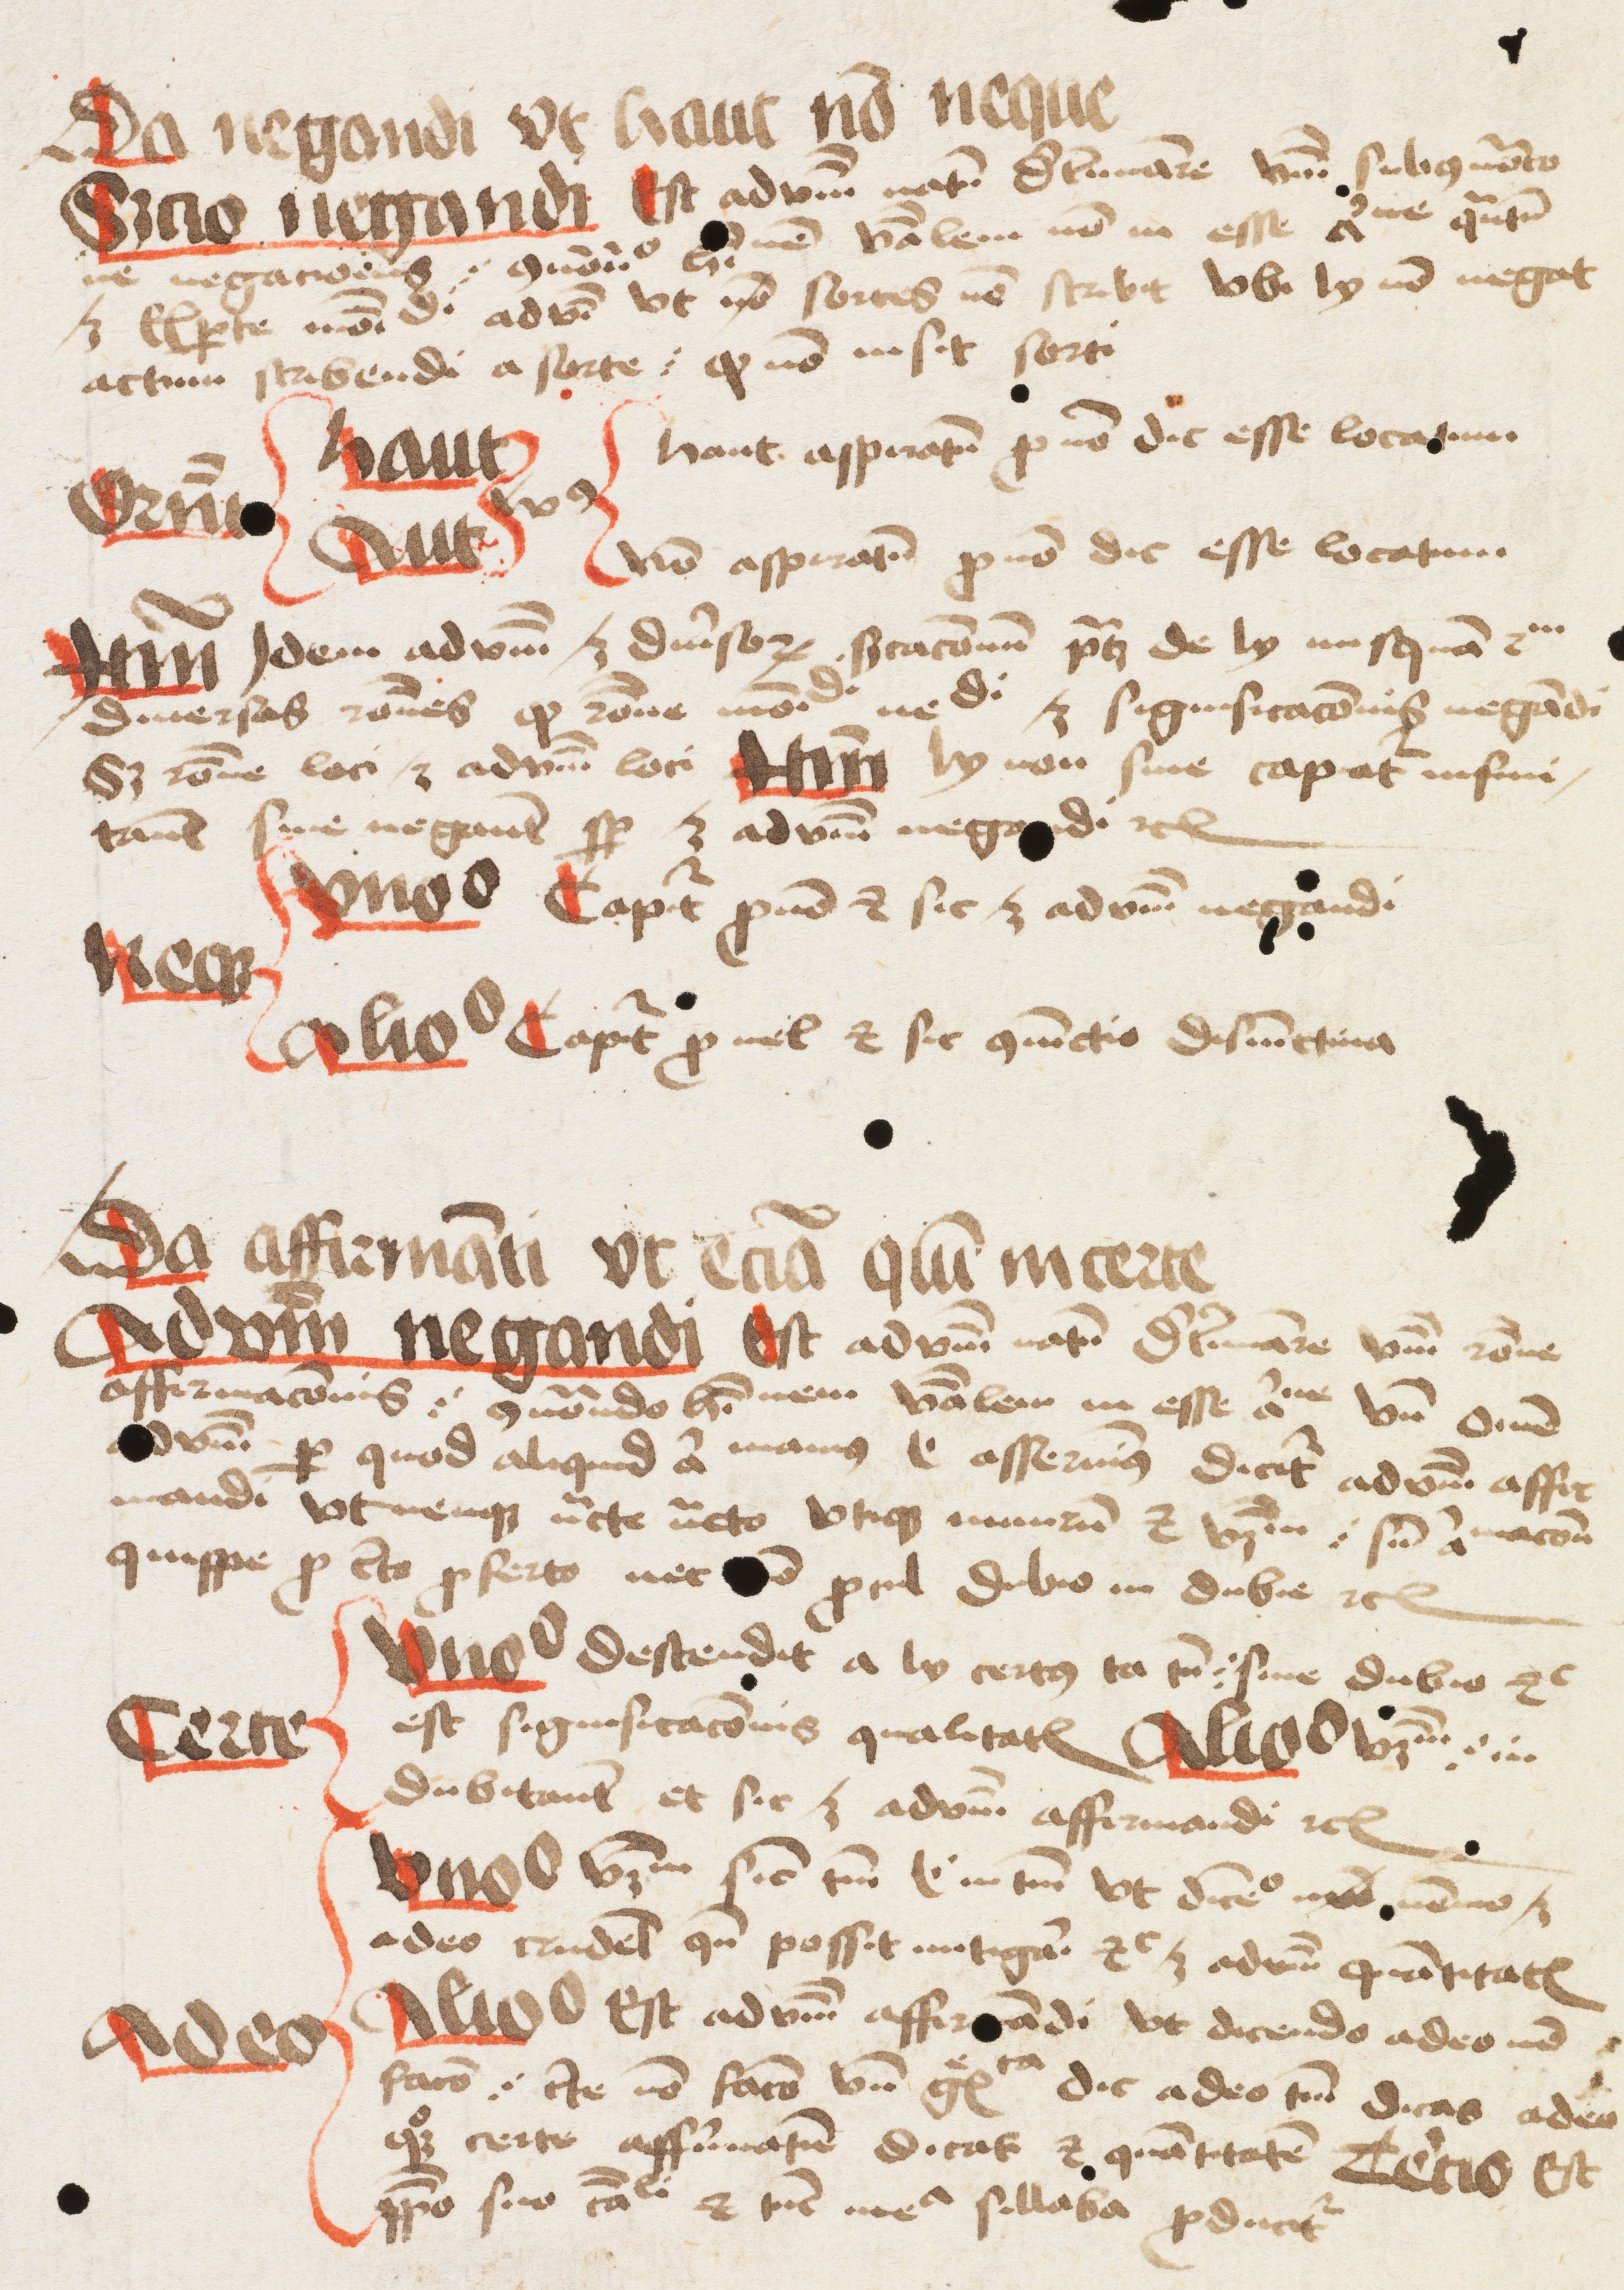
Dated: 1475–1499